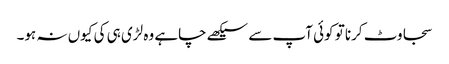
سجاوٹ کرنا تو کوئی آپ سے سیکھے چاہے وہ لڑی ہی کی کیوں نہ ہو۔